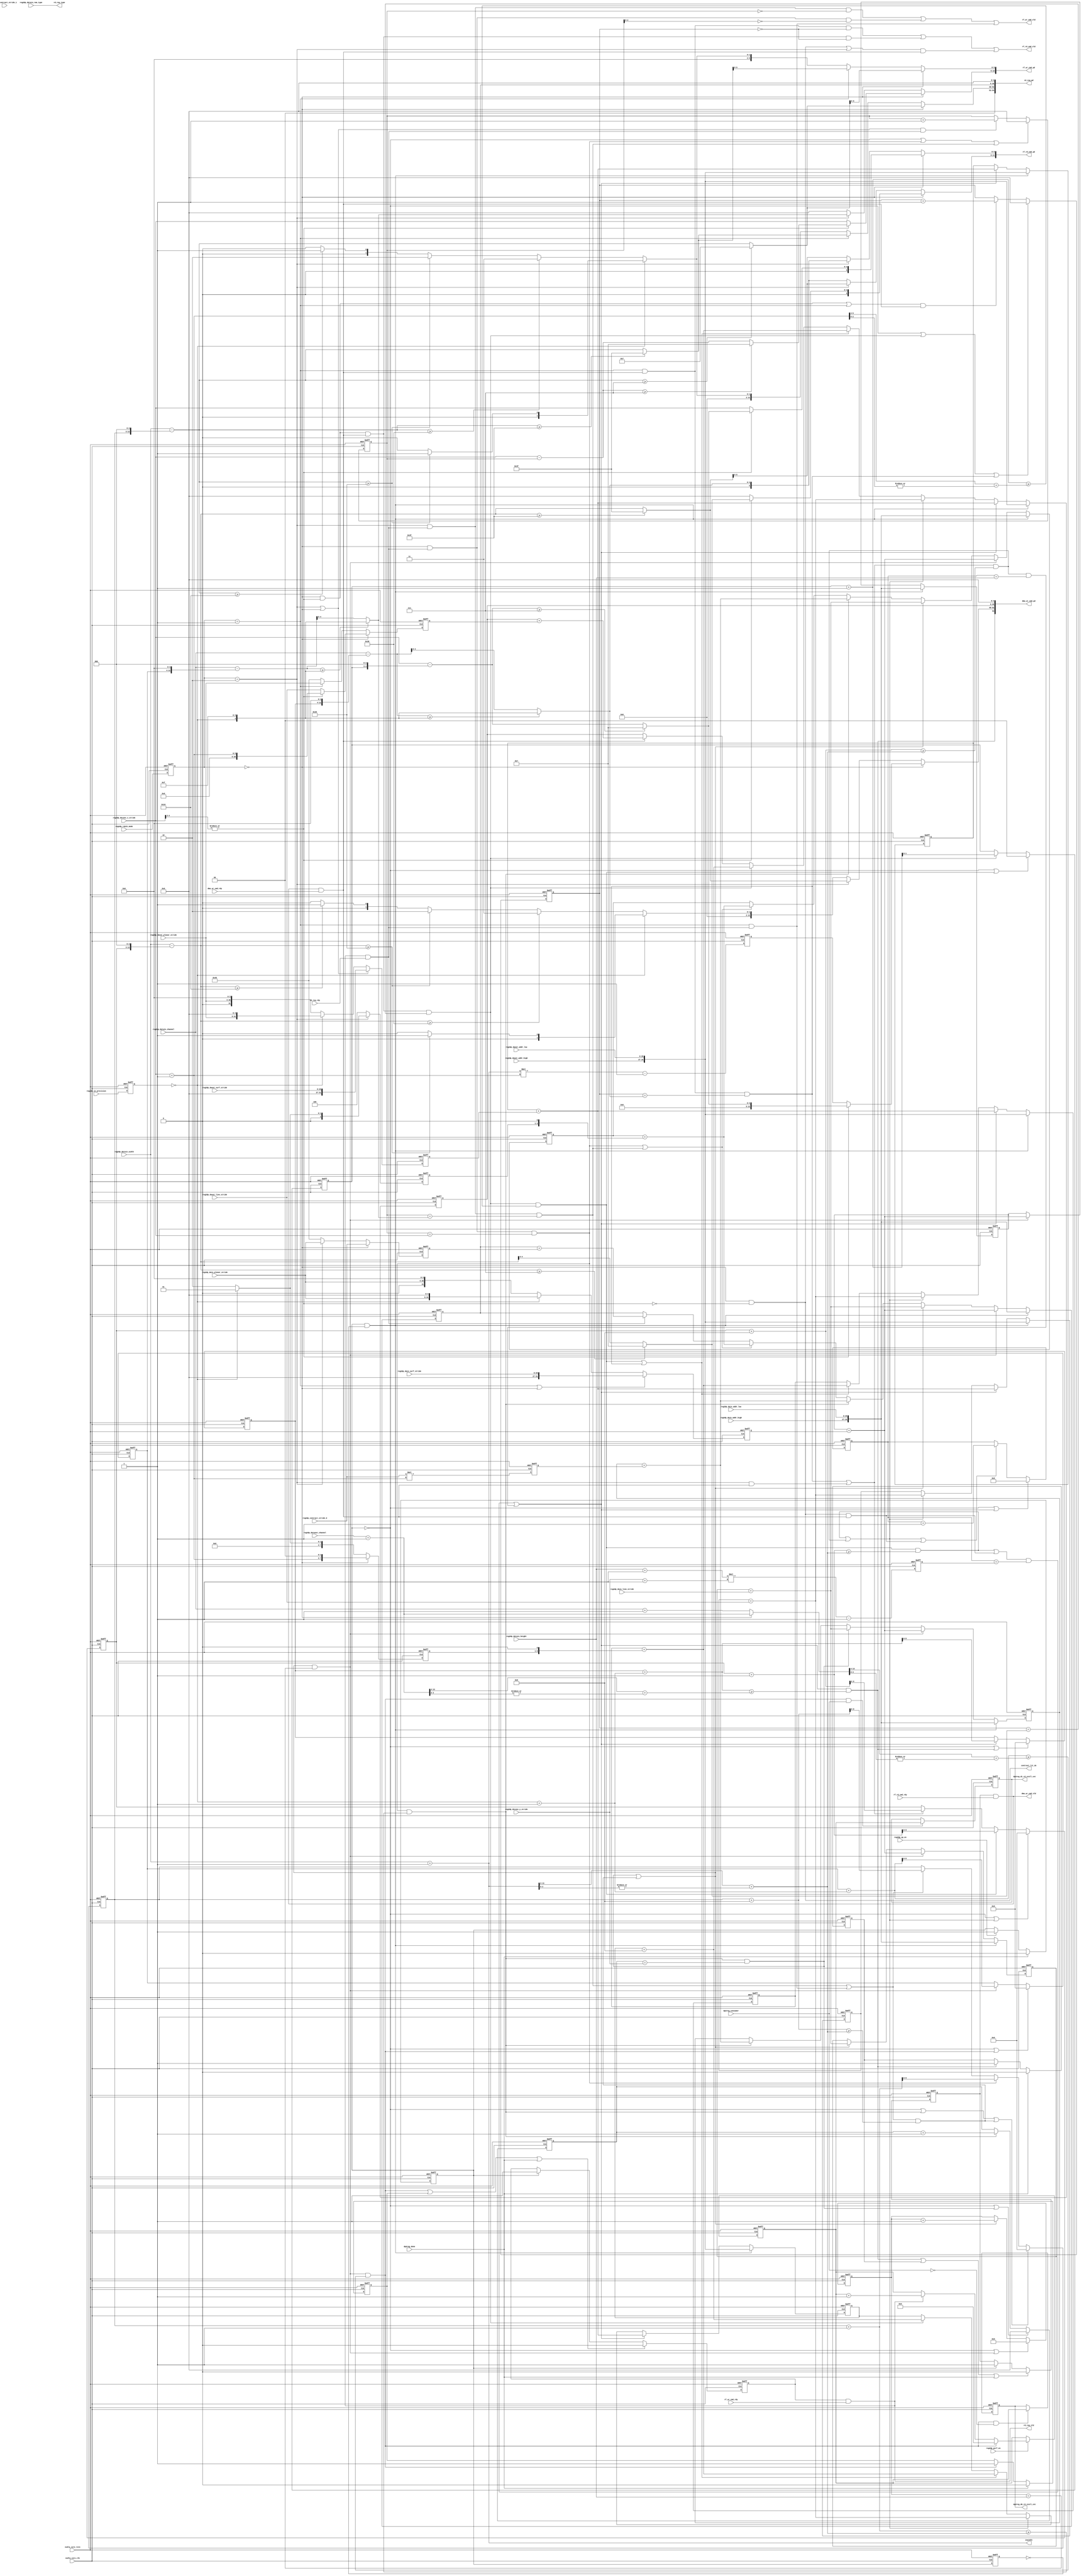
// ================================================================
// NVDLA Open Source Project
// 
// Copyright(c) 2016 - 2017 NVIDIA Corporation.  Licensed under the
// NVDLA Open Hardware License; Check "LICENSE" which comes with 
// this distribution for more information.
// ================================================================


module NV_NVDLA_RUBIK_seq_gen (
   nvdla_core_clk
  ,nvdla_core_rstn
  ,dma_wr_cmd_rdy
  ,dp2reg_consumer
  ,dp2reg_done
  ,rd_req_rdy
  ,reg2dp_contract_stride_0
  ,reg2dp_contract_stride_1
  ,reg2dp_dain_addr_high
  ,reg2dp_dain_addr_low
  ,reg2dp_dain_line_stride
  ,reg2dp_dain_planar_stride
  ,reg2dp_dain_surf_stride
  ,reg2dp_daout_addr_high
  ,reg2dp_daout_addr_low
  ,reg2dp_daout_line_stride
  ,reg2dp_daout_planar_stride
  ,reg2dp_daout_surf_stride
  ,reg2dp_datain_channel
  ,reg2dp_datain_height
  ,reg2dp_datain_ram_type
  ,reg2dp_datain_width
  ,reg2dp_dataout_channel
  ,reg2dp_deconv_x_stride
  ,reg2dp_deconv_y_stride
  ,reg2dp_in_precision
  ,reg2dp_op_en
  ,reg2dp_perf_en
  ,reg2dp_rubik_mode
  ,rf_rd_cmd_rdy
  ,rf_wr_cmd_rdy
  ,contract_lit_dx
  ,dma_wr_cmd_pd
  ,dma_wr_cmd_vld
  ,dp2reg_d0_rd_stall_cnt
  ,dp2reg_d1_rd_stall_cnt
  ,inwidth
  ,rd_req_pd
  ,rd_req_type
  ,rd_req_vld
  ,rf_rd_cmd_pd
  ,rf_rd_cmd_vld
  ,rf_wr_cmd_pd
  ,rf_wr_cmd_vld
  );


input         nvdla_core_clk;
input         nvdla_core_rstn;
input         dp2reg_consumer;
input         reg2dp_perf_en;
output [31:0] dp2reg_d0_rd_stall_cnt;
output [31:0] dp2reg_d1_rd_stall_cnt;

input  reg2dp_op_en;
input  reg2dp_datain_ram_type;
input  [1:0]            reg2dp_rubik_mode;
input  [1:0]          reg2dp_in_precision;
input  [7:0]                 reg2dp_dain_addr_high;
input  [26:0]                  reg2dp_dain_addr_low;
input  [12:0]   reg2dp_datain_channel;
input  [12:0]    reg2dp_datain_height;
input  [12:0]     reg2dp_datain_width;
input  [4:0]  reg2dp_deconv_x_stride;
input  [4:0]  reg2dp_deconv_y_stride;
input  [26:0]               reg2dp_dain_line_stride;
input  [26:0]             reg2dp_dain_planar_stride;
input  [26:0]               reg2dp_dain_surf_stride;
input  [26:0]              reg2dp_contract_stride_0;
input  [26:0]              reg2dp_contract_stride_1;

//data out register
input  [7:0]                reg2dp_daout_addr_high;
input  [26:0]                 reg2dp_daout_addr_low;
input  [26:0]              reg2dp_daout_line_stride;
input  [26:0]            reg2dp_daout_planar_stride;
input  [26:0]              reg2dp_daout_surf_stride;
input  [12:0] reg2dp_dataout_channel;

input   dp2reg_done;
//output  rd_req_done;

output  rd_req_type;
output  rd_req_vld;
input   rd_req_rdy;
output  [54:0]    rd_req_pd;

output            rf_wr_cmd_vld;
input             rf_wr_cmd_rdy;
output  [10:0]    rf_wr_cmd_pd;
output            rf_rd_cmd_vld;
input             rf_rd_cmd_rdy;
output  [11:0]    rf_rd_cmd_pd;

output            dma_wr_cmd_vld;
input             dma_wr_cmd_rdy;
output  [53:0]    dma_wr_cmd_pd;

output            contract_lit_dx;
output  [13:0]    inwidth;

reg    [31:0] chn_stride;
reg    [31:0] cubey_stride;
reg           dma_wr_cmd_vld_tmp;
reg    [31:0] dp2reg_d0_rd_stall_cnt;
reg    [31:0] dp2reg_d1_rd_stall_cnt;
reg    [17:0] inheight_mul_dy;
reg    [26:0] intern_stride;
reg    [13:0] inwidth_mul_dx;
reg           mon_rd_addr_c;
reg           mon_rd_cbase_c;
reg           mon_rd_chn_cnt;
reg           mon_rd_lbase_c;
reg           mon_rd_wbase_c;
reg           mon_rd_width_cnt;
reg           mon_rd_ybase_c;
reg           mon_wr_addr_c;
reg           mon_wr_cbase_c;
reg           mon_wr_chn_cnt;
reg           mon_wr_dx_cnt;
reg           mon_wr_lbase_c;
reg           mon_wr_wbase_c;
reg           mon_wr_width_cnt;
reg           mon_wr_xbase_c;
reg    [31:0] out_chn_stride;
reg    [26:0] out_intern_stride;
reg     [7:0] out_width_stridem;
reg    [34:0] rd_addr;
reg    [34:0] rd_chn_base;
reg     [8:0] rd_chn_cnt;
reg     [4:0] rd_dx_cnt;
reg    [34:0] rd_dy_base;
reg     [4:0] rd_dy_cnt;
reg    [34:0] rd_line_base;
reg    [12:0] rd_line_cnt;
reg           rd_req_done_hold;
reg           rd_req_tmp;
reg    [31:0] rd_stall_cnt;
reg    [34:0] rd_width_base;
reg     [9:0] rd_width_cnt;
reg     [1:0] reg2dp_in_precision_drv0;
reg     [1:0] reg2dp_rubik_mode_drv0;
reg           rubik_en;
reg           rubik_en_d;
reg           stl_adv;
reg    [31:0] stl_cnt_cur;
reg    [33:0] stl_cnt_dec;
reg    [33:0] stl_cnt_ext;
reg    [33:0] stl_cnt_inc;
reg    [33:0] stl_cnt_mod;
reg    [33:0] stl_cnt_new;
reg    [33:0] stl_cnt_nxt;
reg     [2:0] width_stridem;
reg    [34:0] wr_addr;
reg    [34:0] wr_chn_base;
reg     [8:0] wr_chn_cnt;
reg    [34:0] wr_dx_base;
reg     [1:0] wr_dx_cnt;
reg    [34:0] wr_line_base;
reg    [17:0] wr_line_cnt;
reg     [4:0] wr_plar_cnt;
reg           wr_req_done_hold;
reg    [34:0] wr_width_base;
reg     [9:0] wr_width_cnt;
wire   [12:0] contract_rd_size;
wire   [14:0] contract_rd_size_ext;
wire   [12:0] contract_wr_size;
wire   [26:0] cube_stride;
wire   [34:0] dest_base;
wire    [2:0] dx_stride_num;
wire   [13:0] inchannel;
wire   [12:0] inchannel_raw;
wire   [13:0] inheight;
wire   [12:0] inheight_raw;
wire          init_set;
wire   [12:0] inwidth_raw;
wire   [10:0] inwidthm;
wire    [4:0] kpg_dec;
wire    [1:0] kpgm;
wire   [26:0] line_stride;
wire          m_byte_data;
wire          m_contract;
wire          m_merge;
wire          m_split;
wire   [12:0] merge_rd_size;
wire   [14:0] merge_rd_size_ext;
wire   [12:0] merge_wr_size;
wire   [26:0] mon_block_stride;
wire          mon_dx_stride_num_c;
wire          mon_inwidthm_c;
wire          mon_outchannelm_c;
wire          mon_rd_chn_num_c;
wire          mon_remain_rdc;
wire          mon_remain_rdw;
wire          mon_remain_rdx;
wire          mon_remain_wrc;
wire          mon_remain_wrw;
wire          mon_remain_wrx;
wire   [26:0] out_line_stride;
wire   [26:0] out_planar_stride;
wire   [26:0] out_surf_stride;
wire   [26:0] out_width_stride;
wire   [13:0] outchannel;
wire    [9:0] outchannelm;
wire   [26:0] planar_stride;
wire          rd_channel_end;
wire    [9:0] rd_chn_cnt_inc;
wire   [13:0] rd_chn_num;
wire    [9:0] rd_chn_numm;
wire   [10:0] rd_cwdth_cnt_inc;
wire          rd_cwdth_end;
wire          rd_cx_beg;
wire          rd_dx_end;
wire    [4:0] rd_dx_num;
wire          rd_dy_end;
wire          rd_height_end;
wire   [10:0] rd_mwdth_cnt_inc;
wire          rd_mwdth_end;
wire    [4:0] rd_planar_num;
wire          rd_plar_end;
wire          rd_px_beg;
wire          rd_req_accept;
wire          rd_req_done;
wire          rd_stall_cnt_dec;
wire    [5:0] rd_total_col;
wire    [5:0] rd_total_row;
wire   [12:0] remain_rd_channel;
wire    [4:0] remain_rd_dx;
wire   [12:0] remain_rd_width;
wire   [12:0] remain_wr_channel;
wire    [4:0] remain_wr_dx;
wire   [12:0] remain_wr_width;
wire   [12:0] split_rd_size;
wire   [14:0] split_rd_size_ext;
wire   [12:0] split_wr_size;
wire   [34:0] src_base;
wire   [26:0] surf_stride;
wire   [26:0] width_stride;
wire          wr_channel_end;
wire          wr_cheight_end;
wire    [9:0] wr_chn_cnt_inc;
wire   [10:0] wr_cwdth_cnt_inc;
wire          wr_cwdth_end;
wire    [2:0] wr_dx_cnt_inc;
wire          wr_dx_end;
wire    [4:0] wr_dx_num;
wire          wr_height_end;
wire          wr_hx_beg;
wire          wr_hx_end;
wire          wr_mheight_end;
wire   [10:0] wr_mwdth_cnt_inc;
wire          wr_mwdth_end;
wire    [4:0] wr_planar_num;
wire          wr_plar_beg;
wire          wr_plar_end;
wire          wr_req_accept;
wire          wr_req_done;
wire    [5:0] wr_total_col;
wire    [4:0] wr_total_row;
wire          wr_width_end;
wire    [4:0] wr_width_num;
wire    [4:0] x_stride;
wire    [5:0] x_stride_add;
wire    [4:0] y_stride;

// synoff nets

// monitor nets

// debug nets

// tie high nets

// tie low nets

// no connect nets

// not all bits used nets

// todo nets

    

///////////////////////////////Configuration///////////////////////////////////
always @(posedge nvdla_core_clk or negedge nvdla_core_rstn) begin
  if (!nvdla_core_rstn) begin
    reg2dp_rubik_mode_drv0[1:0] <= {2{1'b0}};
  end else begin
  reg2dp_rubik_mode_drv0[1:0] <= reg2dp_rubik_mode[1:0];
  end
end
always @(posedge nvdla_core_clk or negedge nvdla_core_rstn) begin
  if (!nvdla_core_rstn) begin
    reg2dp_in_precision_drv0[1:0] <= {2{1'b0}};
  end else begin
  reg2dp_in_precision_drv0[1:0] <= reg2dp_in_precision[1:0];
  end
end

assign  m_contract  = reg2dp_rubik_mode_drv0[1:0] == 2'h0 ;
assign  m_split     = reg2dp_rubik_mode_drv0[1:0] == 2'h1 ;
assign  m_merge     = reg2dp_rubik_mode_drv0[1:0] == 2'h2 ;
assign  m_byte_data = reg2dp_in_precision_drv0[1:0] == 2'h0 ;

assign  src_base[34:0]  = {reg2dp_dain_addr_high[7:0],reg2dp_dain_addr_low[26:0]};
assign  dest_base[34:0] = {reg2dp_daout_addr_high[7:0],reg2dp_daout_addr_low[26:0]};

assign  inwidth_raw[12:0]    = reg2dp_datain_width[12:0]   ;  
assign  inheight_raw[12:0]   = reg2dp_datain_height[12:0]  ;
assign  inchannel_raw[12:0]  = reg2dp_datain_channel[12:0] ; 

assign  inwidth[13:0]    = reg2dp_datain_width[12:0]   +1;  
assign  inheight[13:0]   = reg2dp_datain_height[12:0]  +1;
assign  inchannel[13:0]  = reg2dp_datain_channel[12:0] +1; 
assign  outchannel[13:0] = reg2dp_dataout_channel[12:0]+1; 

assign  mon_block_stride[26:0] = reg2dp_contract_stride_1[26:0];

assign  planar_stride[26:0]= reg2dp_dain_planar_stride[26:0];
assign  line_stride[26:0]  = reg2dp_dain_line_stride[26:0];
assign  surf_stride[26:0]  = reg2dp_dain_surf_stride[26:0];
assign  cube_stride[26:0]  = reg2dp_contract_stride_0[26:0];
assign  x_stride[4:0]      = reg2dp_deconv_x_stride[4:0];
assign  y_stride[4:0]      = reg2dp_deconv_y_stride[4:0];
assign  x_stride_add[5:0]  = reg2dp_deconv_x_stride[4:0]+1;

assign  out_planar_stride[26:0] = reg2dp_daout_planar_stride[26:0];
assign  out_line_stride[26:0]   = reg2dp_daout_line_stride[26:0];
assign  out_surf_stride[26:0]   = reg2dp_daout_surf_stride[26:0];

assign  kpgm[1:0] = m_byte_data+1;
assign  kpg_dec[4:0] = {m_byte_data,4'hf}; 
always @(posedge nvdla_core_clk or negedge nvdla_core_rstn) begin
  if (!nvdla_core_rstn) begin
    intern_stride[26:0] <= {27{1'b0}};
  end else begin
  intern_stride[26:0] <= m_contract ? cube_stride : m_merge ? planar_stride : 8'h40;
  end
end
always @(posedge nvdla_core_clk or negedge nvdla_core_rstn) begin
  if (!nvdla_core_rstn) begin
    width_stridem[2:0] <= {3{1'b0}};
  end else begin
  width_stridem[2:0] <= m_merge ? m_byte_data ? 3'h1 : 3'h2 : 3'h4;
  end
end
assign  width_stride[26:0] = {23'h0,width_stridem,1'b0};
always @(posedge nvdla_core_clk or negedge nvdla_core_rstn) begin
  if (!nvdla_core_rstn) begin
    cubey_stride[31:0] <= {32{1'b0}};
  end else begin
  cubey_stride[31:0] <= cube_stride * (x_stride+1);
  end
end
always @(posedge nvdla_core_clk or negedge nvdla_core_rstn) begin
  if (!nvdla_core_rstn) begin
    chn_stride[31:0] <= {32{1'b0}};
  end else begin
  chn_stride[31:0] <= (m_split | m_contract ) ? {5'h0,surf_stride} : m_byte_data ? {planar_stride,5'h0} : {1'b0,planar_stride,4'h0};
  end
end
`ifdef SPYGLASS_ASSERT_ON
`else
// spyglass disable_block NoWidthInBasedNum-ML 
// spyglass disable_block STARC-2.10.3.2a 
// spyglass disable_block STARC05-2.1.3.1 
// spyglass disable_block STARC-2.1.4.6 
// spyglass disable_block W116 
// spyglass disable_block W154 
// spyglass disable_block W239 
// spyglass disable_block W362 
// spyglass disable_block WRN_58 
// spyglass disable_block WRN_61 
`endif // SPYGLASS_ASSERT_ON
`ifdef ASSERT_ON
`ifdef FV_ASSERT_ON
`define ASSERT_RESET nvdla_core_rstn
`else
`ifdef SYNTHESIS
`define ASSERT_RESET nvdla_core_rstn
`else
`ifdef ASSERT_OFF_RESET_IS_X
`define ASSERT_RESET ((1'bx === nvdla_core_rstn) ? 1'b0 : nvdla_core_rstn)
`else
`define ASSERT_RESET ((1'bx === nvdla_core_rstn) ? 1'b1 : nvdla_core_rstn)
`endif // ASSERT_OFF_RESET_IS_X
`endif // SYNTHESIS
`endif // FV_ASSERT_ON
`ifndef SYNTHESIS
  // VCS coverage off 
  nv_assert_no_x #(0,1,0,"No X's allowed on control signals")      zzz_assert_no_x_1x (nvdla_core_clk, `ASSERT_RESET, 1'd1,  (^(m_split | m_contract ))); // spyglass disable W504 SelfDeterminedExpr-ML 
  // VCS coverage on
`endif
`undef ASSERT_RESET
`endif // ASSERT_ON
`ifdef SPYGLASS_ASSERT_ON
`else
// spyglass enable_block NoWidthInBasedNum-ML 
// spyglass enable_block STARC-2.10.3.2a 
// spyglass enable_block STARC05-2.1.3.1 
// spyglass enable_block STARC-2.1.4.6 
// spyglass enable_block W116 
// spyglass enable_block W154 
// spyglass enable_block W239 
// spyglass enable_block W362 
// spyglass enable_block WRN_58 
// spyglass enable_block WRN_61 
`endif // SPYGLASS_ASSERT_ON

always @(posedge nvdla_core_clk or negedge nvdla_core_rstn) begin
  if (!nvdla_core_rstn) begin
    out_intern_stride[26:0] <= {27{1'b0}};
  end else begin
  out_intern_stride[26:0] <= m_contract ? |x_stride[4:3] ? x_stride_add : out_line_stride : m_split ? out_planar_stride : 8'h40;
  end
end
always @(posedge nvdla_core_clk or negedge nvdla_core_rstn) begin
  if (!nvdla_core_rstn) begin
    out_width_stridem[7:0] <= {8{1'b0}};
  end else begin
  out_width_stridem[7:0] <= m_contract ? {x_stride_add,2'h0} : (m_byte_data ? 2'h1 : 2'h2);
  end
end
assign  out_width_stride[26:0] = {18'h0,out_width_stridem,1'b0};
always @(posedge nvdla_core_clk or negedge nvdla_core_rstn) begin
  if (!nvdla_core_rstn) begin
    out_chn_stride[31:0] <= {32{1'b0}};
  end else begin
  out_chn_stride[31:0] <= (m_merge | m_contract ) ? {5'h0,out_surf_stride} : m_byte_data ? {out_planar_stride,5'h0} : {1'b0,out_planar_stride,4'h0};
  end
end
`ifdef SPYGLASS_ASSERT_ON
`else
// spyglass disable_block NoWidthInBasedNum-ML 
// spyglass disable_block STARC-2.10.3.2a 
// spyglass disable_block STARC05-2.1.3.1 
// spyglass disable_block STARC-2.1.4.6 
// spyglass disable_block W116 
// spyglass disable_block W154 
// spyglass disable_block W239 
// spyglass disable_block W362 
// spyglass disable_block WRN_58 
// spyglass disable_block WRN_61 
`endif // SPYGLASS_ASSERT_ON
`ifdef ASSERT_ON
`ifdef FV_ASSERT_ON
`define ASSERT_RESET nvdla_core_rstn
`else
`ifdef SYNTHESIS
`define ASSERT_RESET nvdla_core_rstn
`else
`ifdef ASSERT_OFF_RESET_IS_X
`define ASSERT_RESET ((1'bx === nvdla_core_rstn) ? 1'b0 : nvdla_core_rstn)
`else
`define ASSERT_RESET ((1'bx === nvdla_core_rstn) ? 1'b1 : nvdla_core_rstn)
`endif // ASSERT_OFF_RESET_IS_X
`endif // SYNTHESIS
`endif // FV_ASSERT_ON
`ifndef SYNTHESIS
  // VCS coverage off 
  nv_assert_no_x #(0,1,0,"No X's allowed on control signals")      zzz_assert_no_x_2x (nvdla_core_clk, `ASSERT_RESET, 1'd1,  (^(m_merge | m_contract ))); // spyglass disable W504 SelfDeterminedExpr-ML 
  // VCS coverage on
`endif
`undef ASSERT_RESET
`endif // ASSERT_ON
`ifdef SPYGLASS_ASSERT_ON
`else
// spyglass enable_block NoWidthInBasedNum-ML 
// spyglass enable_block STARC-2.10.3.2a 
// spyglass enable_block STARC05-2.1.3.1 
// spyglass enable_block STARC-2.1.4.6 
// spyglass enable_block W116 
// spyglass enable_block W154 
// spyglass enable_block W239 
// spyglass enable_block W362 
// spyglass enable_block WRN_58 
// spyglass enable_block WRN_61 
`endif // SPYGLASS_ASSERT_ON
always @(posedge nvdla_core_clk or negedge nvdla_core_rstn) begin
  if (!nvdla_core_rstn) begin
    inwidth_mul_dx[13:0] <= {14{1'b0}};
  end else begin
  inwidth_mul_dx[13:0] <= inwidth * (x_stride+1) -1;
  end
end
always @(posedge nvdla_core_clk or negedge nvdla_core_rstn) begin
  if (!nvdla_core_rstn) begin
    inheight_mul_dy[17:0] <= {18{1'b0}};
  end else begin
  inheight_mul_dy[17:0] <= inheight * (y_stride+1) -1;
  end
end

/////////////////////rubik en////////////////////////
//rubik enable
always @(posedge nvdla_core_clk or negedge nvdla_core_rstn) begin
  if (!nvdla_core_rstn) begin
    rubik_en <= 1'b0;
  end else begin
    if (dp2reg_done)
        rubik_en <= 1'b0;
    else if (reg2dp_op_en) 
        rubik_en <= 1'b1;
  end
end
always @(posedge nvdla_core_clk or negedge nvdla_core_rstn) begin
  if (!nvdla_core_rstn) begin
    rubik_en_d <= 1'b0;
  end else begin
  rubik_en_d <= rubik_en;
  end
end
assign  init_set = rubik_en & ~rubik_en_d;

/////////////////////////////////////////////////////////////////////////////
/////////////////////////generate read dma sequence//////////////////////////
//read request valid  
always @(posedge nvdla_core_clk or negedge nvdla_core_rstn) begin
  if (!nvdla_core_rstn) begin
    rd_req_tmp <= 1'b0;
  end else begin
    if (rd_req_done | rd_req_done_hold | dp2reg_done)
        rd_req_tmp <= 1'b0;   
    else if (rubik_en)
        rd_req_tmp <= 1'b1;
  end
end

always @(posedge nvdla_core_clk or negedge nvdla_core_rstn) begin
  if (!nvdla_core_rstn) begin
    rd_req_done_hold <= 1'b0;
  end else begin
    if (dp2reg_done)
        rd_req_done_hold <= 1'b0;
    else if (rd_req_done)
        rd_req_done_hold <= 1'b1;
  end
end

assign  rd_req_done = rd_channel_end;
assign  rd_req_type = reg2dp_datain_ram_type;
assign  rd_req_vld  = rd_req_tmp & rf_wr_cmd_rdy;        
assign  rd_req_pd[39:0] = {rd_addr,5'h0}; 

assign  contract_rd_size_ext = {{2{1'b0}}, contract_rd_size};
assign  split_rd_size_ext = {{2{1'b0}}, split_rd_size};
assign  merge_rd_size_ext = {{2{1'b0}}, merge_rd_size};
assign  rd_req_pd[54:40] =  m_contract ? contract_rd_size_ext : m_split ? split_rd_size_ext : merge_rd_size_ext ; //rd size 32bytes units and decrease 1
assign  rd_req_accept = rd_req_vld & rd_req_rdy;

//request burst size
assign  {mon_remain_rdw,remain_rd_width[12:0]}   = inwidth_raw - {rd_width_cnt,3'h0};
assign  {mon_remain_rdc,remain_rd_channel[12:0]} = inchannel_raw -{rd_chn_cnt,4'h0};
assign  {mon_remain_rdx,remain_rd_dx[4:0]}       = x_stride - rd_dx_cnt;

assign  contract_rd_size[12:0] = remain_rd_width >= 8'h7   ?  6'h7    : remain_rd_width;
assign  split_rd_size[12:0]    = remain_rd_width >= 8'h3f  ?  6'h3f   : remain_rd_width;
assign  merge_rd_size[12:0]    = m_byte_data ? (remain_rd_width >= 8'h20 ? 1'b1 : 1'b0) :  
                                               (remain_rd_width >= 8'h30 ? 4'h3 : remain_rd_width >= 8'h20 ? 4'h2 : 
                                                remain_rd_width >= 8'h10 ? 4'h1 : 4'h0);

assign  rd_dx_num[4:0]      = remain_rd_dx >= 5'h7 ? 5'h7 : remain_rd_dx;
assign  rd_planar_num[4:0]  = remain_rd_channel >= {8'h0,kpg_dec} ? kpg_dec : remain_rd_channel[4:0];

//caculate ping pong array total row number & total column number
assign  wr_total_col[5:0] = m_contract ? contract_rd_size[5:0] : m_split ? split_rd_size[5:0] : merge_rd_size[5:0] ; 
assign  wr_total_row[4:0] = m_contract ? (|x_stride[4:3] ? rd_dx_num : x_stride) : m_merge ? rd_planar_num[4:0] : 1'b0;

assign  rf_wr_cmd_vld = rd_px_beg | rd_cx_beg | m_split & rd_req_accept;
assign  rf_wr_cmd_pd  = {wr_total_row,wr_total_col};
/*
&Always posedge;
    if(rd_px_beg | rd_cx_beg | m_split & rd_req_accept) begin
        rf_wr_cmd_vld <0=1'b1;
        rf_wr_cmd_pd  <0= {wr_total_row,wr_total_col};
    end
    else if (rf_wr_cmd_vld & rf_wr_cmd_rdy)
        rf_wr_cmd_vld <0=1'b0;
&End;
*/
  
///////generate read sequence address/////////
always @(posedge nvdla_core_clk or negedge nvdla_core_rstn) begin
  if (!nvdla_core_rstn) begin
    rd_addr <= {35{1'b0}};
    {mon_rd_addr_c,rd_addr} <= {36{1'b0}};
  end else begin
    if(init_set)
       rd_addr <= src_base;
    else if(rd_height_end)            
       {mon_rd_addr_c,rd_addr} <= rd_chn_base + chn_stride     ; 
    else if(rd_dy_end | rd_mwdth_end) 
       {mon_rd_addr_c,rd_addr} <= rd_line_base + line_stride   ;
    else if(rd_cwdth_end)             
       {mon_rd_addr_c,rd_addr} <= rd_dy_base + cubey_stride    ;
    else if(rd_dx_end | rd_plar_end)  
       {mon_rd_addr_c,rd_addr} <= rd_width_base + width_stride ;
    else if(rd_req_accept)            
       {mon_rd_addr_c,rd_addr} <= rd_addr + intern_stride      ; 
  end
end

//record the pointer base address
always @(posedge nvdla_core_clk or negedge nvdla_core_rstn) begin
  if (!nvdla_core_rstn) begin
    rd_width_base <= {35{1'b0}};
    {mon_rd_wbase_c,rd_width_base} <= {36{1'b0}};
  end else begin
    if(init_set)
       rd_width_base <= src_base;
    else if(rd_height_end)            
       {mon_rd_wbase_c,rd_width_base} <= rd_chn_base + chn_stride     ; 
    else if(rd_dy_end | rd_mwdth_end) 
       {mon_rd_wbase_c,rd_width_base} <= rd_line_base + line_stride   ;
    else if(rd_cwdth_end)             
       {mon_rd_wbase_c,rd_width_base} <= rd_dy_base + cubey_stride    ;
    else if(rd_dx_end | rd_plar_end)
       {mon_rd_wbase_c,rd_width_base} <= rd_width_base + width_stride ;
  end
end

always @(posedge nvdla_core_clk or negedge nvdla_core_rstn) begin
  if (!nvdla_core_rstn) begin
    rd_dy_base <= {35{1'b0}};
    {mon_rd_ybase_c,rd_dy_base} <= {36{1'b0}};
  end else begin
    if(init_set)
       rd_dy_base <= src_base;
    else if(rd_height_end)            
       {mon_rd_ybase_c,rd_dy_base} <= rd_chn_base + chn_stride     ; 
    else if(rd_dy_end) 
       {mon_rd_ybase_c,rd_dy_base} <= rd_line_base + line_stride   ;
    else if(rd_cwdth_end)
       {mon_rd_ybase_c,rd_dy_base} <= rd_dy_base + cubey_stride;
  end
end

always @(posedge nvdla_core_clk or negedge nvdla_core_rstn) begin
  if (!nvdla_core_rstn) begin
    rd_line_base <= {35{1'b0}};
    {mon_rd_lbase_c,rd_line_base} <= {36{1'b0}};
  end else begin
    if(init_set)
       rd_line_base <= src_base;
    else if (rd_height_end)
       {mon_rd_lbase_c,rd_line_base} <= rd_chn_base + chn_stride;
    else if(rd_dy_end | rd_mwdth_end)
       {mon_rd_lbase_c,rd_line_base} <= rd_line_base + line_stride;
  end
end

always @(posedge nvdla_core_clk or negedge nvdla_core_rstn) begin
  if (!nvdla_core_rstn) begin
    rd_chn_base <= {35{1'b0}};
    {mon_rd_cbase_c,rd_chn_base} <= {36{1'b0}};
  end else begin
    if(init_set)
       rd_chn_base <= src_base;
    else if(rd_height_end)
       {mon_rd_cbase_c,rd_chn_base} <= rd_chn_base + chn_stride;
  end
end

///////////for circle counter/////////////
//deconv x counter
assign  rd_px_beg   = m_merge & rd_req_accept & (rd_dx_cnt == 5'h0);
assign  rd_cx_beg   = m_contract & rd_req_accept & (rd_dx_cnt[2:0] == 3'h0); 
assign  rd_dx_end   = m_contract & rd_req_accept & (rd_dx_cnt == x_stride);
assign  rd_plar_end = m_merge & rd_req_accept & (rd_dx_cnt == rd_planar_num);
always @(posedge nvdla_core_clk or negedge nvdla_core_rstn) begin
  if (!nvdla_core_rstn) begin
    rd_dx_cnt <= {5{1'b0}};
  end else begin
    if (!rubik_en | rd_dx_end | rd_plar_end) begin
        rd_dx_cnt <= 0;
    end 
    else if ((m_contract | m_merge) & rd_req_accept) begin
        rd_dx_cnt <= rd_dx_cnt + 1;
    end
  end
end

//read width counter
assign  rd_cwdth_cnt_inc[10:0] = rd_width_cnt + 1'b1; 
assign  rd_mwdth_cnt_inc[10:0] = rd_width_cnt + 4'h8; 
assign  {mon_inwidthm_c,inwidthm[10:0]} = inwidth[13:3]+|inwidth[2:0];

assign  rd_cwdth_end = rd_dx_end & (rd_cwdth_cnt_inc >= inwidthm);  
assign  rd_mwdth_end = (rd_plar_end | m_split & rd_req_accept) & (rd_mwdth_cnt_inc >= inwidthm);
always @(posedge nvdla_core_clk or negedge nvdla_core_rstn) begin
  if (!nvdla_core_rstn) begin
    rd_width_cnt <= {10{1'b0}};
    {mon_rd_width_cnt,rd_width_cnt} <= {11{1'b0}};
  end else begin
    if (!rubik_en | rd_cwdth_end |rd_mwdth_end) begin
        rd_width_cnt <= 0;
    end 
    else if(rd_dx_end) begin
        {mon_rd_width_cnt,rd_width_cnt} <= rd_cwdth_cnt_inc;
    end
    else if(rd_plar_end | m_split & rd_req_accept) begin
        {mon_rd_width_cnt,rd_width_cnt} <= rd_mwdth_cnt_inc;
    end
  end
end

//read deconv y counter
assign  rd_dy_end = rd_cwdth_end & (rd_dy_cnt == y_stride);
always @(posedge nvdla_core_clk or negedge nvdla_core_rstn) begin
  if (!nvdla_core_rstn) begin
    rd_dy_cnt <= {5{1'b0}};
  end else begin
    if (!rubik_en | rd_dy_end) begin
        rd_dy_cnt <= 0;
    end 
    else if (rd_cwdth_end) begin
        rd_dy_cnt <= rd_dy_cnt + 1;
    end
  end
end

//read height counter
assign  rd_height_end = (rd_dy_end | rd_mwdth_end) & (rd_line_cnt == inheight_raw);
always @(posedge nvdla_core_clk or negedge nvdla_core_rstn) begin
  if (!nvdla_core_rstn) begin
    rd_line_cnt <= {13{1'b0}};
  end else begin
    if (!rubik_en | rd_height_end) begin
        rd_line_cnt <= 0;
    end 
    else if(rd_dy_end | rd_mwdth_end) begin
        rd_line_cnt <= rd_line_cnt + 1;
    end
  end
end

//read outchannel counter
assign  rd_chn_cnt_inc[9:0] = rd_chn_cnt + kpgm;
assign  rd_chn_num[13:0] = m_contract ? outchannel : inchannel;
assign  {mon_rd_chn_num_c,rd_chn_numm[9:0]} = rd_chn_num[13:4]+|rd_chn_num[3:0];
assign  rd_channel_end = rd_height_end & (rd_chn_cnt_inc >= rd_chn_numm);
always @(posedge nvdla_core_clk or negedge nvdla_core_rstn) begin
  if (!nvdla_core_rstn) begin
    rd_chn_cnt <= {9{1'b0}};
    {mon_rd_chn_cnt,rd_chn_cnt} <= {10{1'b0}};
  end else begin
    if (!rubik_en | rd_channel_end) begin
        rd_chn_cnt <= 0;
    end 
    else if(rd_height_end) begin
        {mon_rd_chn_cnt,rd_chn_cnt} <= rd_chn_cnt_inc;
    end
  end
end

////////////////////////////////////////////////////////////////////////////////////
///////////////////////////generate write dma sequence//////////////////////////////
always @(posedge nvdla_core_clk or negedge nvdla_core_rstn) begin
  if (!nvdla_core_rstn) begin
    dma_wr_cmd_vld_tmp <= 1'b0;
  end else begin
    if (wr_req_done | wr_req_done_hold | dp2reg_done)
        dma_wr_cmd_vld_tmp <= 1'b0;   
    else if (rubik_en)
        dma_wr_cmd_vld_tmp <= 1'b1;   
  end
end
assign  dma_wr_cmd_vld = dma_wr_cmd_vld_tmp & rf_rd_cmd_rdy;

always @(posedge nvdla_core_clk or negedge nvdla_core_rstn) begin
  if (!nvdla_core_rstn) begin
    wr_req_done_hold <= 1'b0;
  end else begin
    if (dp2reg_done)
        wr_req_done_hold <= 1'b0;
    else if (wr_req_done)
        wr_req_done_hold <= 1'b1;
  end
end

assign  wr_req_done = wr_channel_end;
assign  dma_wr_cmd_pd[53:53] = wr_req_done;
assign  dma_wr_cmd_pd[52:40]        = m_contract ? contract_wr_size : m_merge ? merge_wr_size : split_wr_size;
assign  dma_wr_cmd_pd[39:0]        = {wr_addr,5'b0};
assign  wr_req_accept = dma_wr_cmd_vld & dma_wr_cmd_rdy;

//request burst size
assign  {mon_remain_wrw,remain_wr_width[12:0]}   = inwidth_raw - {wr_width_cnt,3'h0};
assign  {mon_remain_wrc,remain_wr_channel[12:0]} = inchannel_raw -{wr_chn_cnt,4'h0};
assign  {mon_remain_wrx,remain_wr_dx[4:0]}       = x_stride - {wr_dx_cnt,3'h0};

assign  contract_wr_size[12:0] = |x_stride[4:3] ? {8'h0,wr_dx_num[4:0]} : inwidth_mul_dx[12:0]; 
assign  merge_wr_size[12:0]    = remain_wr_width >= 6'h3f ? 6'h3f   : remain_wr_width;
assign  split_wr_size[12:0]    = m_byte_data ? (remain_wr_width >= 6'h20 ? 1'b1 : 1'b0) :  
                                               (remain_wr_width >= 6'h30 ? 4'h3 : remain_wr_width >= 6'h20 ? 4'h2 : 
                                                remain_wr_width >= 6'h10 ? 4'h1 : 4'h0);

assign  wr_dx_num[4:0]     = remain_wr_dx      >= 4'h7  ? 4'h7 : remain_wr_dx ; 
assign  wr_width_num[4:0]  = remain_wr_width   >= 4'h7  ? 4'h7 : remain_wr_width[4:0];
assign  wr_planar_num[4:0] = remain_wr_channel >= {8'h0,kpg_dec} ? kpg_dec : remain_wr_channel[4:0];

//merge and split of read total column unit is element(1byte or 2byte), but contract unit is 32bytes
assign  rd_total_col[5:0] = m_contract ? (|x_stride[4:3] ? {1'b0,wr_dx_num} : {1'b0,x_stride}) : m_merge ? {1'b0,wr_planar_num[4:0]} : merge_wr_size[5:0]; 
assign  rd_total_row[5:0] = m_contract ? (|x_stride[4:3] ? {1'b0,wr_width_num[4:0]} : 1'b0) : m_merge ? merge_wr_size[5:0] : {1'b0,wr_planar_num[4:0]}; 
assign  contract_lit_dx   = m_contract & ~(|x_stride[4:3]); 

assign  rf_rd_cmd_vld = wr_plar_beg | wr_hx_beg | (m_contract & ~(|x_stride[4:3]) | m_merge) & wr_req_accept;
assign  rf_rd_cmd_pd  = {rd_total_row,rd_total_col};
/*
&Always posedge;
    if (wr_plar_beg | wr_hx_beg | (m_contract & ~(|x_stride[4:3]) | m_merge) & wr_req_accept) begin
        rf_rd_cmd_vld <0=1'b1;
        rf_rd_cmd_pd  <0= {rd_total_row,rd_total_col};
    end
    else if (rf_rd_cmd_vld & rf_rd_cmd_rdy)
        rf_rd_cmd_vld <0=1'b0;
&End;
*/

///////generate write sequence address/////////
always @(posedge nvdla_core_clk or negedge nvdla_core_rstn) begin
  if (!nvdla_core_rstn) begin
    wr_addr <= {35{1'b0}};
    {mon_wr_addr_c,wr_addr} <= {36{1'b0}};
  end else begin
    if(init_set)
       wr_addr <= dest_base;
    else if(wr_height_end)            
       {mon_wr_addr_c,wr_addr} <= wr_chn_base + out_chn_stride     ; 
    else if(wr_width_end) 
       {mon_wr_addr_c,wr_addr} <= wr_line_base + out_line_stride   ;
    else if(wr_dx_end | wr_plar_end)  
       {mon_wr_addr_c,wr_addr} <= wr_width_base + out_width_stride ;
    else if(wr_hx_end)  
       {mon_wr_addr_c,wr_addr} <= wr_dx_base + 4'h8;
    else if(wr_req_accept)            
       {mon_wr_addr_c,wr_addr} <= wr_addr + out_intern_stride      ; 
  end
end

//record the pointer base address
always @(posedge nvdla_core_clk or negedge nvdla_core_rstn) begin
  if (!nvdla_core_rstn) begin
    wr_dx_base <= {35{1'b0}};
    {mon_wr_xbase_c,wr_dx_base} <= {36{1'b0}};
  end else begin
    if(init_set)
       wr_dx_base <= dest_base;
    else if(wr_height_end)            
       {mon_wr_xbase_c,wr_dx_base} <= wr_chn_base + out_chn_stride     ; 
    else if(wr_width_end) 
       {mon_wr_xbase_c,wr_dx_base} <= wr_line_base + out_line_stride   ;
    else if(wr_dx_end | wr_plar_end)  
       {mon_wr_xbase_c,wr_dx_base} <= wr_width_base + out_width_stride ;
    else if(wr_hx_end)
       {mon_wr_xbase_c,wr_dx_base} <= wr_dx_base + 4'h8;
  end
end

always @(posedge nvdla_core_clk or negedge nvdla_core_rstn) begin
  if (!nvdla_core_rstn) begin
    wr_width_base <= {35{1'b0}};
    {mon_wr_wbase_c,wr_width_base} <= {36{1'b0}};
  end else begin
    if(init_set)
       wr_width_base <= dest_base;
    else if(wr_height_end)            
       {mon_wr_wbase_c,wr_width_base} <= wr_chn_base + out_chn_stride     ; 
    else if(wr_width_end) 
       {mon_wr_wbase_c,wr_width_base} <= wr_line_base + out_line_stride   ;
    else if(wr_dx_end | wr_plar_end)
       {mon_wr_wbase_c,wr_width_base} <= wr_width_base + out_width_stride;
  end
end

always @(posedge nvdla_core_clk or negedge nvdla_core_rstn) begin
  if (!nvdla_core_rstn) begin
    wr_line_base <= {35{1'b0}};
    {mon_wr_lbase_c,wr_line_base} <= {36{1'b0}};
  end else begin
    if(init_set)
       wr_line_base <= dest_base;
    else if(wr_height_end)            
       {mon_wr_lbase_c,wr_line_base} <= wr_chn_base + out_chn_stride     ; 
    else if(wr_width_end)
       {mon_wr_lbase_c,wr_line_base} <= wr_line_base + out_line_stride;
  end
end

always @(posedge nvdla_core_clk or negedge nvdla_core_rstn) begin
  if (!nvdla_core_rstn) begin
    wr_chn_base <= {35{1'b0}};
    {mon_wr_cbase_c,wr_chn_base} <= {36{1'b0}};
  end else begin
    if(init_set)
       wr_chn_base <= dest_base;
    else if(wr_height_end)
       {mon_wr_cbase_c,wr_chn_base} <= wr_chn_base + out_chn_stride;
  end
end

///////////for circle counter/////////////
//internal counter
assign  wr_hx_beg   = m_contract & (|x_stride[4:3]) & wr_req_accept & (wr_plar_cnt == 0);
assign  wr_hx_end   = m_contract & (|x_stride[4:3]) & wr_req_accept & (wr_plar_cnt == wr_width_num);
assign  wr_plar_beg = m_split & wr_req_accept & (wr_plar_cnt == 0);
assign  wr_plar_end = m_split & wr_req_accept & (wr_plar_cnt == wr_planar_num);
always @(posedge nvdla_core_clk or negedge nvdla_core_rstn) begin
  if (!nvdla_core_rstn) begin
    wr_plar_cnt <= {5{1'b0}};
  end else begin
    if (!rubik_en | wr_hx_end | wr_plar_end) begin
        wr_plar_cnt <= 0;
    end 
    else if ((m_contract & (|x_stride[4:3]) | m_split) & wr_req_accept) begin
        wr_plar_cnt <= wr_plar_cnt + 1;
    end
  end
end

//deconv x counter
assign  wr_dx_cnt_inc[2:0] = wr_dx_cnt + 1'b1;
assign  {mon_dx_stride_num_c,dx_stride_num[2:0]} = x_stride_add[5:3]+|x_stride_add[2:0];
assign  wr_dx_end = wr_hx_end & (wr_dx_cnt_inc >= dx_stride_num);
always @(posedge nvdla_core_clk or negedge nvdla_core_rstn) begin
  if (!nvdla_core_rstn) begin
    wr_dx_cnt <= {2{1'b0}};
    {mon_wr_dx_cnt,wr_dx_cnt} <= {3{1'b0}};
  end else begin
    if (!rubik_en | wr_dx_end) begin
        wr_dx_cnt <= 0;
    end 
    else if (wr_hx_end) begin
        {mon_wr_dx_cnt,wr_dx_cnt} <= wr_dx_cnt_inc;
    end
  end
end

//write width counter
assign  wr_cwdth_cnt_inc[10:0] = wr_width_cnt + 1'b1; 
assign  wr_mwdth_cnt_inc[10:0] = wr_width_cnt + 4'h8; 
assign  wr_cwdth_end = wr_dx_end & (wr_cwdth_cnt_inc >= inwidthm[10:0]); 
assign  wr_mwdth_end =(wr_plar_end | m_merge & wr_req_accept) & (wr_mwdth_cnt_inc >= inwidthm[10:0]);
assign  wr_width_end = wr_cwdth_end | wr_mwdth_end;
always @(posedge nvdla_core_clk or negedge nvdla_core_rstn) begin
  if (!nvdla_core_rstn) begin
    wr_width_cnt <= {10{1'b0}};
    {mon_wr_width_cnt,wr_width_cnt} <= {11{1'b0}};
  end else begin
    if (!rubik_en | wr_width_end) begin
        wr_width_cnt <= 0;
    end 
    else if(wr_dx_end) begin
        {mon_wr_width_cnt,wr_width_cnt} <= wr_cwdth_cnt_inc;
    end
    else if(wr_plar_end | m_merge & wr_req_accept) begin
        {mon_wr_width_cnt,wr_width_cnt} <= wr_mwdth_cnt_inc;
    end
  end
end

//write height counter
assign  wr_cheight_end = (wr_cwdth_end | m_contract & ~(|x_stride[4:3]) & wr_req_accept) & (wr_line_cnt == inheight_mul_dy);
assign  wr_mheight_end = wr_mwdth_end & (wr_line_cnt == {5'h0,inheight_raw});
assign  wr_height_end  = wr_cheight_end | wr_mheight_end;
always @(posedge nvdla_core_clk or negedge nvdla_core_rstn) begin
  if (!nvdla_core_rstn) begin
    wr_line_cnt <= {18{1'b0}};
  end else begin
    if (!rubik_en | wr_height_end) begin
        wr_line_cnt <= 0;
    end 
    else if(wr_width_end | m_contract & ~(|x_stride[4:3]) & wr_req_accept) begin
        wr_line_cnt <= wr_line_cnt + 1;
    end
  end
end

//write channel counter
assign  wr_chn_cnt_inc[9:0] = wr_chn_cnt + kpgm;
assign  {mon_outchannelm_c,outchannelm[9:0]} = outchannel[13:4]+|outchannel[3:0];
assign  wr_channel_end = wr_height_end & (wr_chn_cnt_inc >= outchannelm[9:0]);
always @(posedge nvdla_core_clk or negedge nvdla_core_rstn) begin
  if (!nvdla_core_rstn) begin
    wr_chn_cnt <= {9{1'b0}};
    {mon_wr_chn_cnt,wr_chn_cnt} <= {10{1'b0}};
  end else begin
    if (!rubik_en | wr_channel_end) begin
        wr_chn_cnt <= 0;
    end 
    else if(wr_height_end) begin
        {mon_wr_chn_cnt,wr_chn_cnt} <= wr_chn_cnt_inc;
    end
  end
end


//VCS coverage off
`ifndef DISABLE_FUNCPOINT
  `ifdef ENABLE_FUNCPOINT

    reg funcpoint_cover_off;
    initial begin
        if ( $test$plusargs( "cover_off" ) ) begin
            funcpoint_cover_off = 1'b1;
        end else begin
            funcpoint_cover_off = 1'b0;
        end
    end

    property rubik_seq_gen__read_request_block__0_cov;
        disable iff((nvdla_core_rstn !== 1) || funcpoint_cover_off)
        @(posedge nvdla_core_clk)
        rd_req_vld & !rd_req_rdy;
    endproperty
    // Cover 0 : "rd_req_vld & !rd_req_rdy"
    FUNCPOINT_rubik_seq_gen__read_request_block__0_COV : cover property (rubik_seq_gen__read_request_block__0_cov);

  `endif
`endif
//VCS coverage on





    assign rd_stall_cnt_dec = 1'b0;

    // stl adv logic

    always @(
      rd_req_vld
      or rd_stall_cnt_dec
      ) begin
      stl_adv = rd_req_vld ^ rd_stall_cnt_dec;
    end
        
    // stl cnt logic
    always @(
      stl_cnt_cur
      or rd_req_vld
      or rd_stall_cnt_dec
      or stl_adv
      or rd_req_done
      ) begin
      // VCS sop_coverage_off start
      stl_cnt_ext[33:0] = {1'b0, 1'b0, stl_cnt_cur};
      stl_cnt_inc[33:0] = stl_cnt_cur + 1'b1; // spyglass disable W164b
      stl_cnt_dec[33:0] = stl_cnt_cur - 1'b1; // spyglass disable W164b
      stl_cnt_mod[33:0] = (rd_req_vld && !rd_stall_cnt_dec)? stl_cnt_inc : (!rd_req_vld && rd_stall_cnt_dec)? stl_cnt_dec : stl_cnt_ext;
      stl_cnt_new[33:0] = (stl_adv)? stl_cnt_mod[33:0] : stl_cnt_ext[33:0];
      stl_cnt_nxt[33:0] = (rd_req_done)? 34'd0 : stl_cnt_new[33:0];
      // VCS sop_coverage_off end
    end

    // stl flops

    always @(posedge nvdla_core_clk or negedge nvdla_core_rstn) begin
      if (!nvdla_core_rstn) begin
        stl_cnt_cur[31:0] <= 0;
      end else begin
      if (reg2dp_perf_en) begin
      stl_cnt_cur[31:0] <= stl_cnt_nxt[31:0];
      end
      end
    end

    // stl output logic

    always @(
      stl_cnt_cur
      ) begin
      rd_stall_cnt[31:0] = stl_cnt_cur[31:0];
    end
        
      

always @(posedge nvdla_core_clk or negedge nvdla_core_rstn) begin
  if (!nvdla_core_rstn) begin
    dp2reg_d0_rd_stall_cnt <= {32{1'b0}};
  end else begin
   if (rd_req_done & ~dp2reg_consumer)
       dp2reg_d0_rd_stall_cnt <= rd_stall_cnt; 
  end
end

always @(posedge nvdla_core_clk or negedge nvdla_core_rstn) begin
  if (!nvdla_core_rstn) begin
    dp2reg_d1_rd_stall_cnt <= {32{1'b0}};
  end else begin
   if (rd_req_done & dp2reg_consumer)
       dp2reg_d1_rd_stall_cnt <= rd_stall_cnt; 
  end
end

endmodule // NV_NVDLA_RUBIK_seq_gen